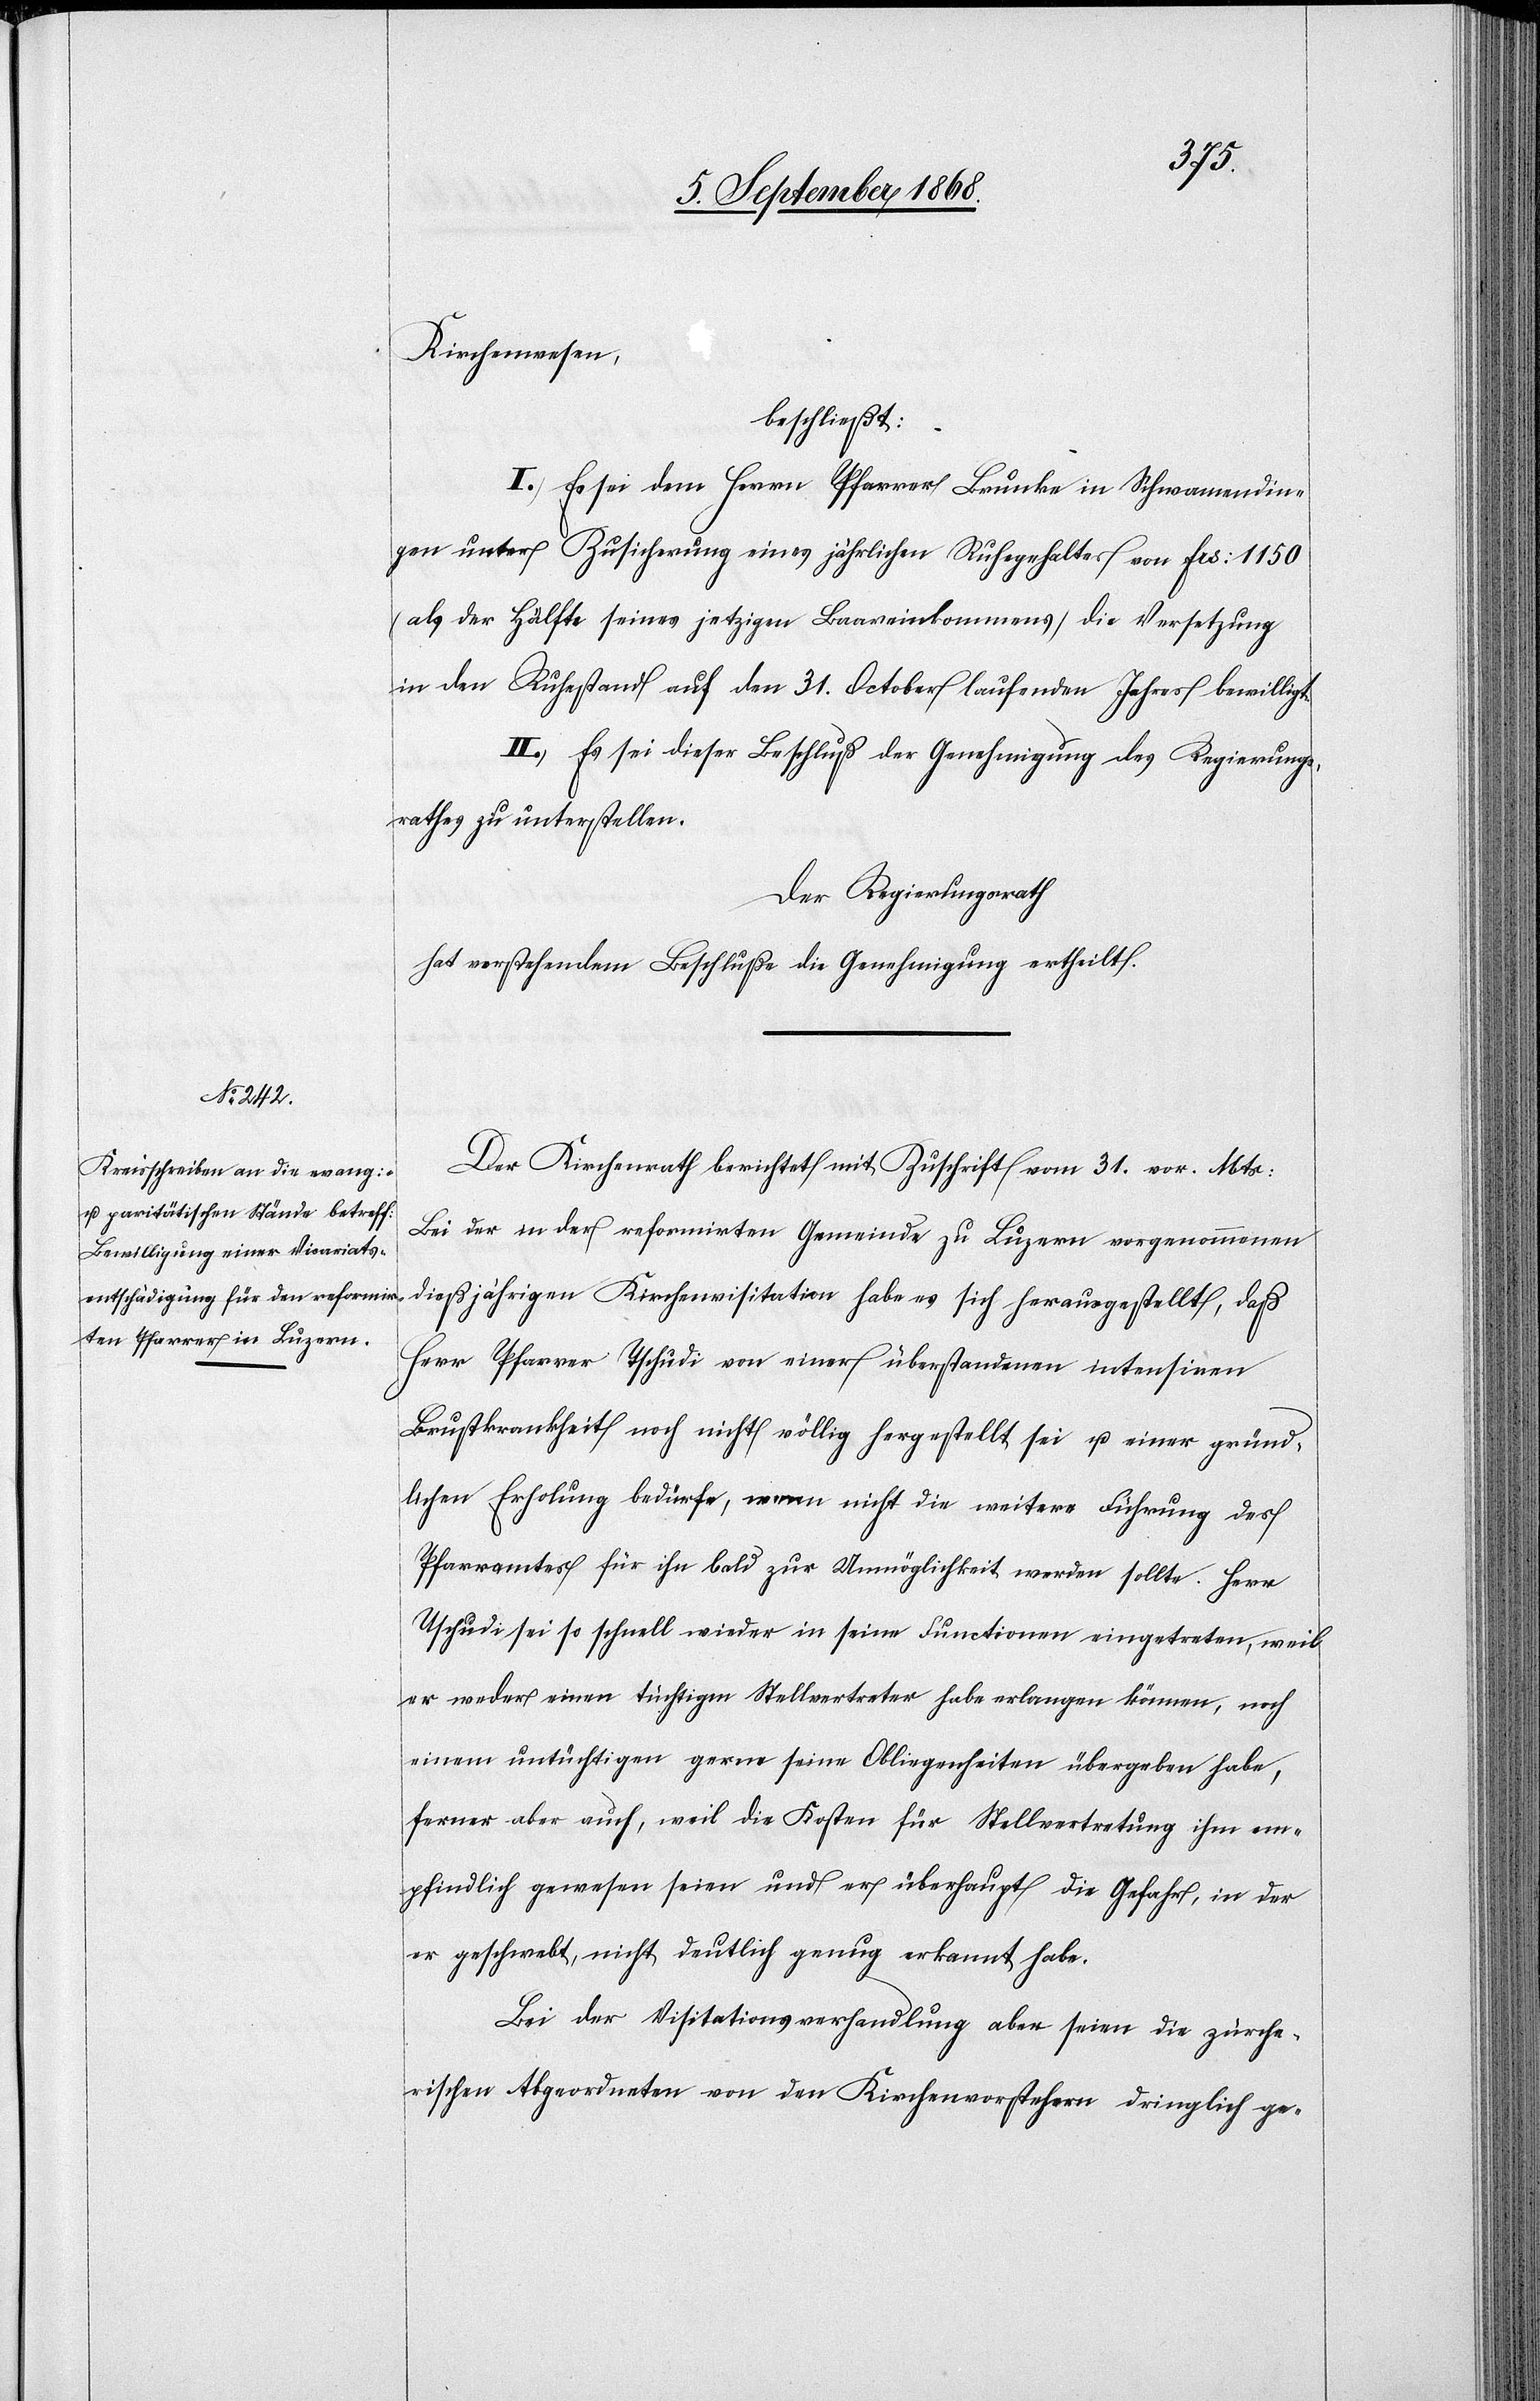
Kirchenwesen,
beschließt:
I.) Es sei dem Herrn Pfarrer Brunke in Schwamendin¬
gen unter Zusicherung eines jährlichen Ruhegehaltes von Frs: 1150
(als der Hälfte seines jetzigen Baareinkommens) die Versetzung
in den Ruhestand auf den 31. October laufenden Jahres bewilligt.
II.) Es sei dieser Beschluß der Genehmigung des Regierungs¬
rathes zu unterstellen.
Der Regierungsrath
hat vorstehendem Beschluße die Genehmigung ertheilt.
Der Kirchenrath berichtet mit Zuschrift vom 31. vor. Mts:
Bei der in der reformirten Gemeinde zu Luzern vorgenommenen
dießjährigen Kirchenvisitation habe es sich herausgestellt, daß
Herr Pfarrer Tschudi von einer überstandenen intensiven
Brustkrankheit noch nicht völlig hergestellt sei u. einer gründ¬
lichen Erholung bedürfe, wenn nicht die weitere Führung des
Pfarramtes für ihn bald zur Unmöglichkeit werden sollte. Herr
Tschudi sei so schnell wieder in seine Functionen eingetreten, weil
er weder einen tüchtigen Stellvertreter habe erlangen können, noch
einem untüchtigen gerne seine Obliegenheiten übergeben habe,
ferner aber auch, weil die Kosten für Stellvertretung ihm em¬
pfindlich gewesen seien und er überhaupt die Gefahr, in der
er geschwebt, nicht deutlich genug erkannt habe.
Bei der Visitationsverhandlung aber seien die zürche¬
rischen Abgeordneten von den Kirchenvorstehern dringlich ge-